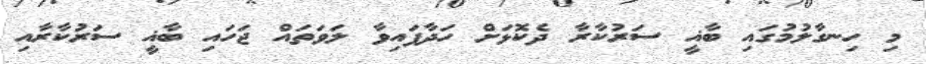
މި ހިނގާލުމުގައި ބާޣީ ސަރުކާރާ ދެކޮޅަށް ހަދާފައިވާ ލަވަތައް ޖަހައި ބާޣީ ސަރުކާރާއި